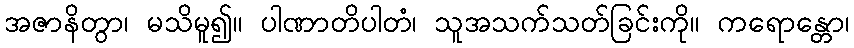
အဇာနိတွာ၊ မသိမူ၍။ ပါဏာတိပါတံ၊ သူအသက်သတ်ခြင်းကို။ ကရောန္တော၊